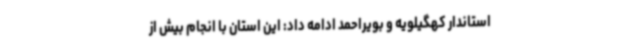
استاندار کهگیلویه و بویراحمد ادامه داد: این استان با انجام بیش از